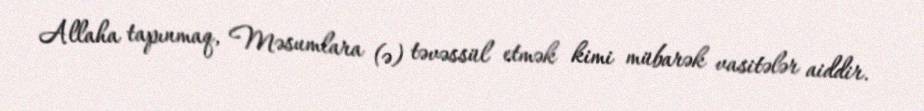
Allaha tapınmaq, Məsumlara (ə) təvəssül etmək kimi mübarək vasitələr aiddir.